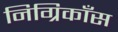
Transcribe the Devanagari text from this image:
निग्रिकाँस